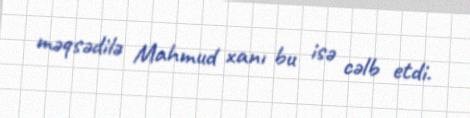
məqsədilə Mahmud xanı bu isə cəlb etdi.